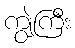
ကျွဲကြီး